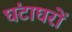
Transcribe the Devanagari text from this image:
घंटाघरों